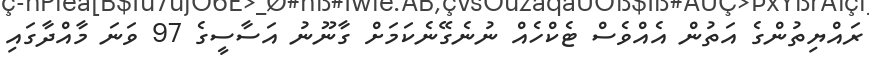
ރައްޔިތުންގެ އަތުން އެއްވެސް ޓެކްހެއް ނުނެގޭނެކަމަށް ގާނޫނު އަސާސީގެ 97 ވަނަ މާއްދާގައި